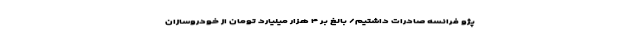
پژو فرانسه صادرات داشتیم/ بالغ‌ بر ۴ هزار میلیارد تومان از خودروسازان